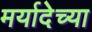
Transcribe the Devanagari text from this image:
मर्यादेच्या